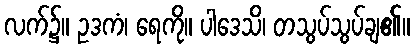
လက်၌။ ဥဒကံ၊ ရေကို။ ပါဒေသိ၊ တသွပ်သွပ်ချ၏။